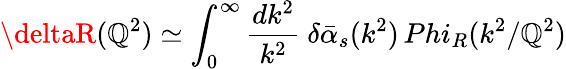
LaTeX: \deltaR(\mathbb{Q}^{2})\simeq\int_{0}^{\infty}{\frac{{dk^{2}}}{{k^{2}}}}\ \delta\bar{{\alpha}}_{s}(k^{2})\, Phi_{R}(k^{2}/\mathbb{Q}^{2})